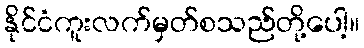
နိုင်ငံကူးလက်မှတ်စသည်တို့ပေါ့။